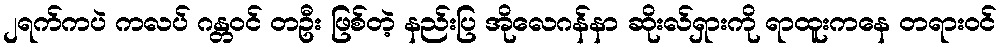
၂ရက်ကပဲ ကလပ် ဂန္တဝင် တဦး ဖြစ်တဲ့ နည်းပြ အိုလေဂန်နာ ဆိုးလ်ရှားကို ရာထူးကနေ တရားဝင်